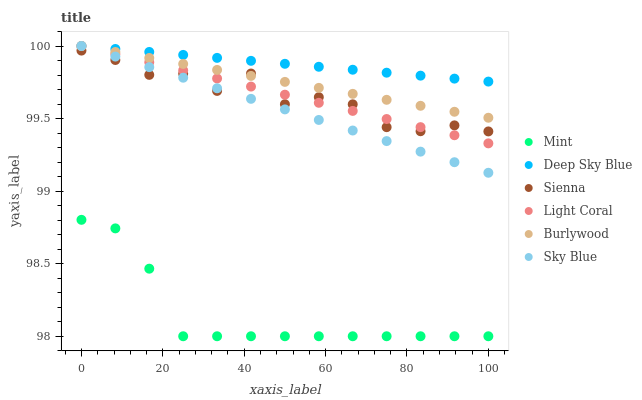
| xaxis_label | Mint | Deep Sky Blue | Sienna | Light Coral | Burlywood | Sky Blue |
 | --- | --- | --- | --- | --- | --- | --- |
 | 0 | 98.8 | 100 | 100 | 100 | 100 | 100 |
 | 8.33 | 98.7 | 100 | 99.9 | 99.9 | 100 | 99.9 |
 | 16.7 | 98.5 | 100 | 99.8 | 99.9 | 99.9 | 99.9 |
 | 25 | 98 | 99.9 | 99.8 | 99.8 | 99.9 | 99.8 |
 | 33.3 | 98 | 99.9 | 99.7 | 99.8 | 99.8 | 99.7 |
 | 41.7 | 98 | 99.9 | 99.8 | 99.7 | 99.8 | 99.6 |
 | 50 | 98 | 99.9 | 99.6 | 99.7 | 99.8 | 99.6 |
 | 58.3 | 98 | 99.9 | 99.6 | 99.6 | 99.7 | 99.5 |
 | 66.7 | 98 | 99.8 | 99.6 | 99.6 | 99.7 | 99.4 |
 | 75 | 98 | 99.8 | 99.4 | 99.5 | 99.6 | 99.3 |
 | 83.3 | 98 | 99.8 | 99.4 | 99.4 | 99.6 | 99.3 |
 | 91.7 | 98 | 99.8 | 99.5 | 99.4 | 99.5 | 99.2 |
 | 100 | 98 | 99.8 | 99.4 | 99.3 | 99.5 | 99.1 |